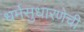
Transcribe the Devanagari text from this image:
धर्मसुधारणेची